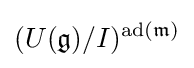
(U({\mathfrak {g}})/I)^{{\text{ad}}({\mathfrak {m}})}